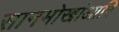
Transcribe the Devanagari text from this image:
सानमोखांआरि